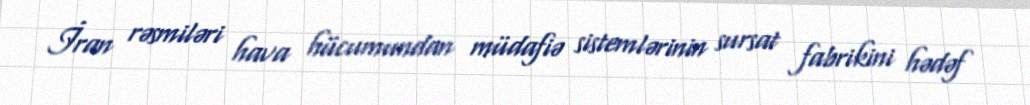
İran rəsmiləri hava hücumundan müdafiə sistemlərinin sursat fabrikini hədəf